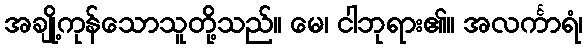
အချို့ကုန်သောသူတို့သည်။ မေ၊ ငါဘုရား၏။ အလင်္ကာရံ၊